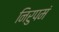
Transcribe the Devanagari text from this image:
निरुपमं